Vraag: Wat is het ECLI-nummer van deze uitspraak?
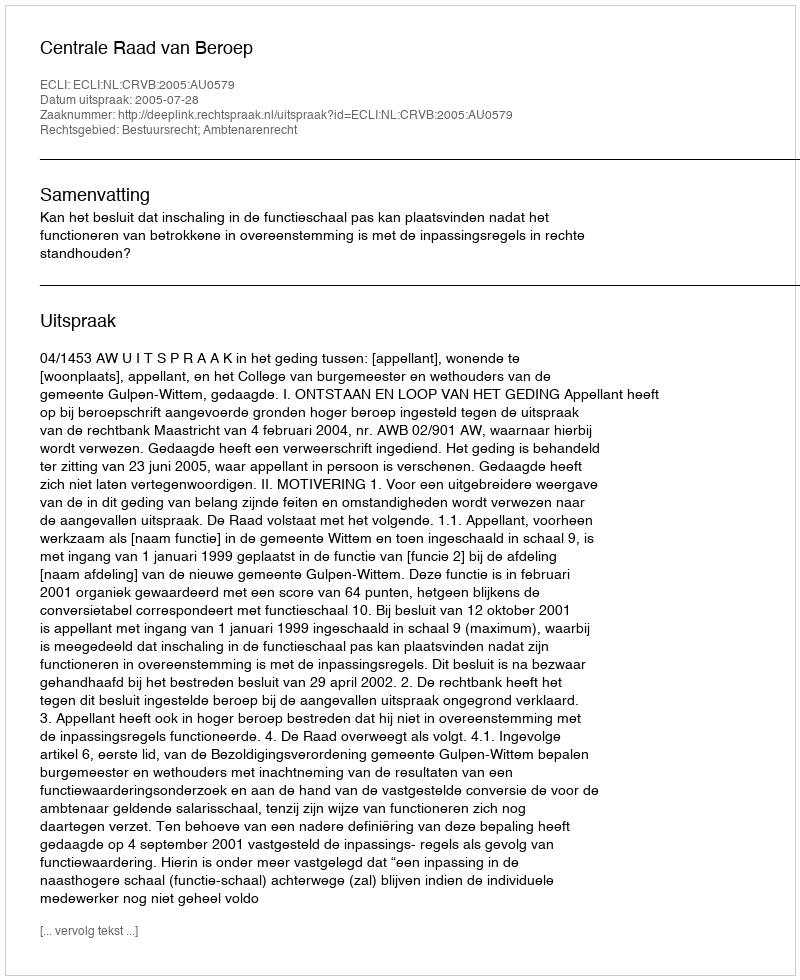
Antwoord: ECLI:NL:CRVB:2005:AU0579